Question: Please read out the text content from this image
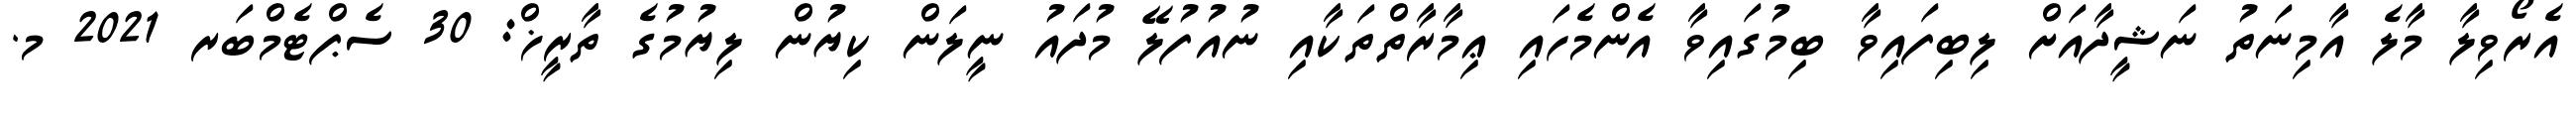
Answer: އެރޯވިލާ މާލެ އާމިނަތު ނަޝީދާއަށް ލިބިފައިވާ ބިމުގައިވާ އެންމެހައި ޢިމާރާތްތަކާއި ނުއުފުލޭ މުދައު ނީލަން ކިޔުން ލިޔުމުގެ ތާރީޚް: 30 ސެޕްޓެމްބަރ 2021 މ.